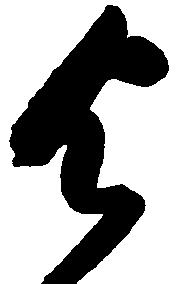
与